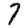
Digit: 7